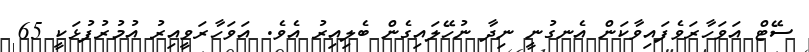
ސޭޓް އަވަހާރަވެފައިވާކަން އެނގުނީ ނިދާ ނުހޭލައިގެން ބެލިއިރު އެވެ. އަވަހާރަވީއިރު އުމުރުފުޅަކީ 65